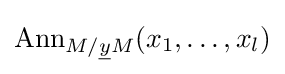
\operatorname {Ann} _{M/{\underline {y}}M}(x_{1},\dots ,x_{l})